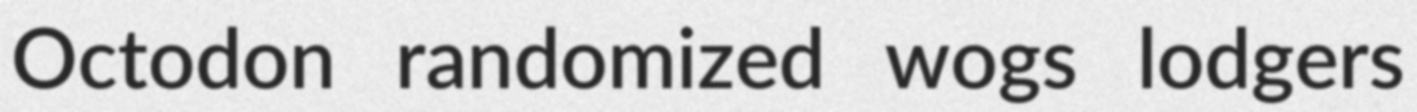
Octodon randomized wogs lodgers